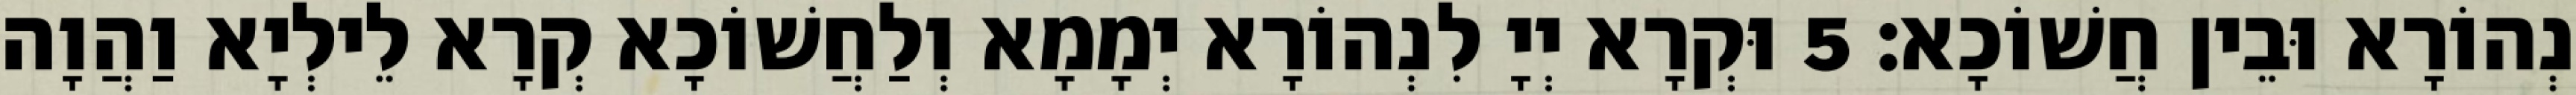
נְהוֹרָא וּבֵין חֲשׁוֹכָא׃ 5 וּקְרָא יְיָ לִנְהוֹרָא יְמָמָא וְלַחֲשׁוֹכָא קְרָא לֵילְיָא וַהֲוָה